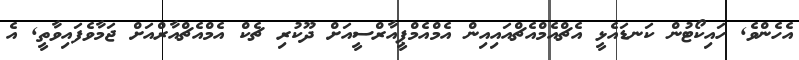
އެހެންވެ